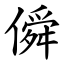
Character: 僢